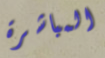
المباشرة